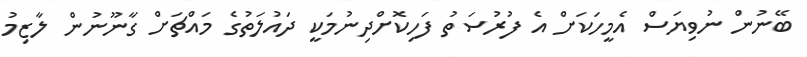
ބޭނުން ނުވިޔަސް އެމީހަކަށް އެ ފުރުސަތު ފަހިކޮށްދިނުމަކީ ދައުލަތުގެ މައްޗަށް ގާނޫނުން ލާޒިމު